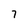
Character: 7